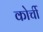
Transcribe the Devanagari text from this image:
कोर्ची